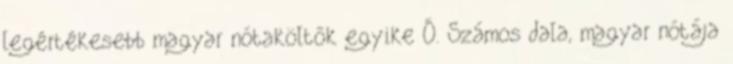
legértékesebb magyar nótaköltők egyike Ő. Számos dala, magyar nótája